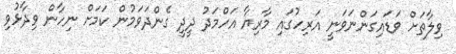
ވިލާތަށް ވަޑައިގަންނަވަނީ އަރިހުގައި މާރިޔާ އަހްމަދު ދީދީ ގެންދަވަމުން ކަމަށް ނިހާން ވިދާޅުވި